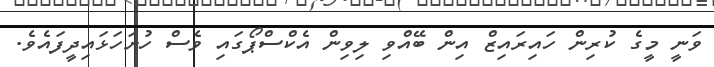
ވަނީ މީގެ ކުރިން ހައިރައިޒް އިން ބޭއްވި ލިވިން އެކްސްޕޯގައި ވެސް ހުށަހަޅައިދީފައެވެ.